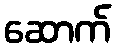
ဆောက်